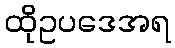
ထိုဥပဒေအရ